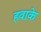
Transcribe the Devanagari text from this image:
हवाके